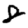
Digit: 8